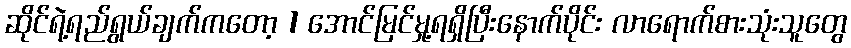
ဆိုင်ရဲ့ရည်ရွယ်ချက်ကတော့ 1 အောင်မြင်မှု့ရရှိပြီးနောက်ပိုင်း လာရောက်စားသုံးသူတွေ